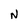
Character: N